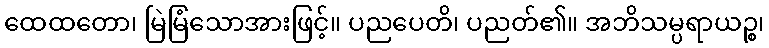
ထေထတော၊ မြဲမြံသောအားဖြင့်။ ပညပေတိ၊ ပညတ်၏။ အဘိသမ္ပရာယဉ္စ၊